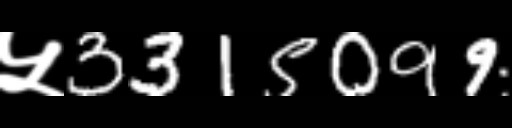
Text: ५3315099